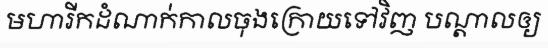
មហារីកដំណាក់កាលចុងក្រោយទៅវិញ បណ្តាលឲ្យ